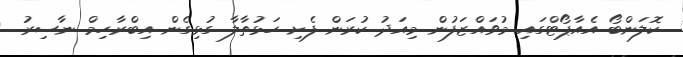
ކޮލަންބޯ އެއާޕޯޓްގައި މުވައްޒަފުން މިއަދު ކުރަން ފެށި ހަޅުތާލާ ގުޅިގެން އިބްރާހިމް ނާސިރު